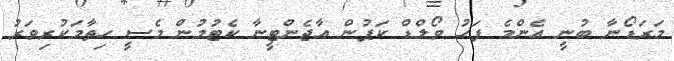
މަރަޑޯނާ ބުނީ އެންމެ ފަހު ވޯލްޑް ކަޕުން އާޖެންޓީނާ ކެޓުމުން މެސީ ހިތާމަކުރިވަރު